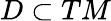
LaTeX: D\subset TM